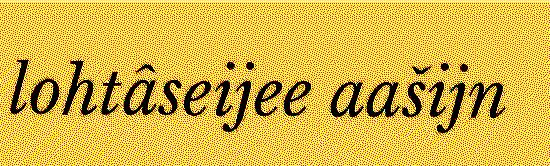
lohtâseijee aašijn